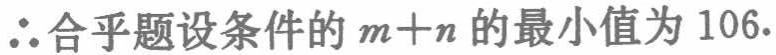
\(\therefore\)合乎题设条件的\(m + n\)的最小值为\(106\).